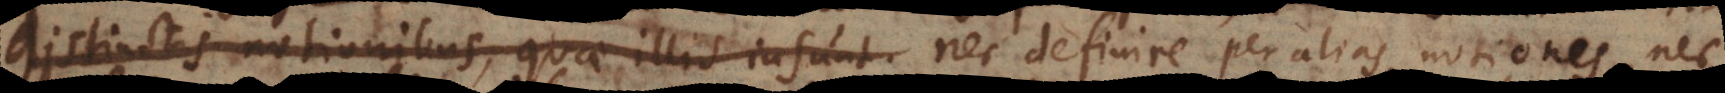
distinctis notionibus, quae illis insunt. nec definire per alias notiones, nec